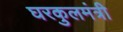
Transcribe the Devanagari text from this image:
घरकुलमंत्री